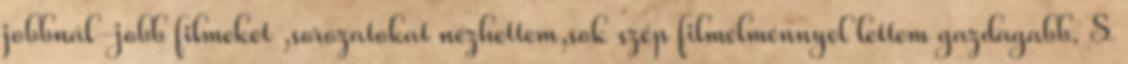
jobbnál-jobb filmeket ,sorozatokat nézhettem,sok szép filmélménnyel lettem gazdagabb. S